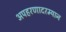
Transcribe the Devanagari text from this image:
अपहरणादरम्यान